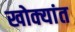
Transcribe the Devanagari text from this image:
खोक्यांत